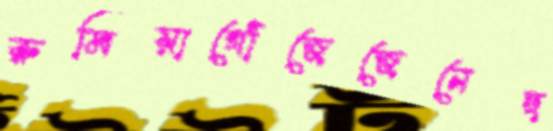
রুমিয়াগোঁজেজেনেছ